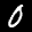
Label: 0